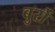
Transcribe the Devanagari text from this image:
बुर्रो